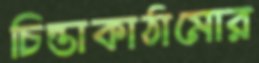
চিন্তাকাঠামোর